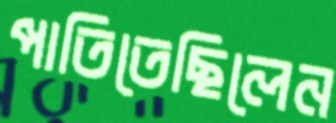
পাতিতেছিলেন